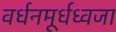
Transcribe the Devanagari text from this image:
वर्धनमूर्धध्वजा